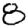
Digit: 8